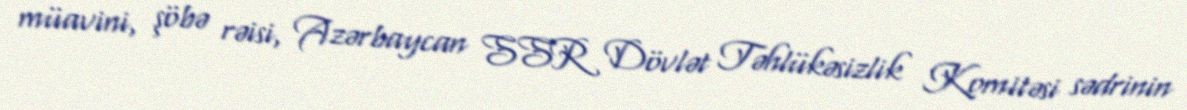
müavini, şöbə rəisi, Azərbaycan SSR Dövlət Təhlükəsizlik Komitəsi sədrinin